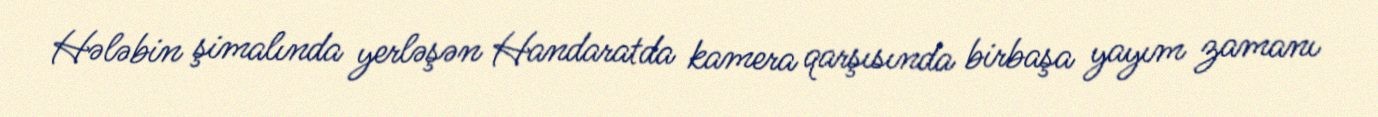
Hələbin şimalında yerləşən Handaratda kamera qarşısında birbaşa yayım zamanı